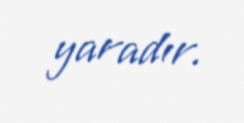
yaradır.